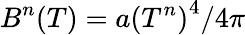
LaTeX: B^{n}(T)=a{(T^{n})}^{4}/4\pi